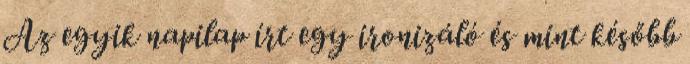
Az egyik napilap írt egy ironizáló és mint később